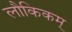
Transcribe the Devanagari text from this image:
लौकिकम्